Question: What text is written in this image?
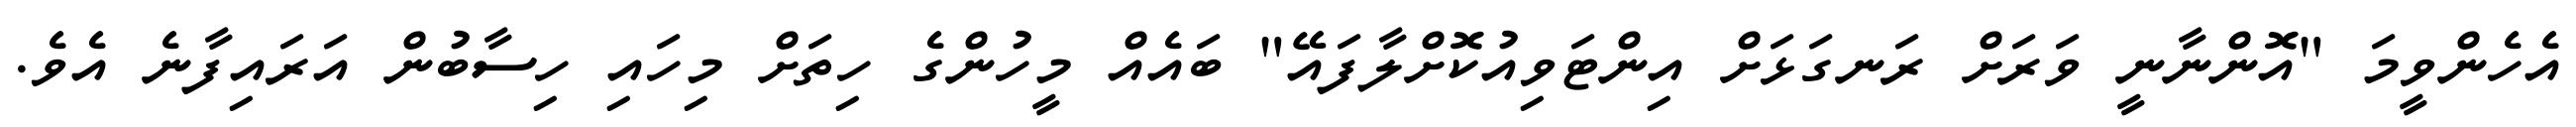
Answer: އެހެންވީމަ "އޮންނާނީ ވަރަށް ރަނގަޅަށް އިންޓަވިއުކޮށްލާފައޭ" ބައެއް މީހުންގެ ހިތަށް މިހައި ހިސާބުން އަރައިފާނެ އެވެ.